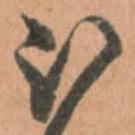
被